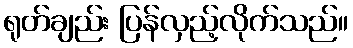
ရုတ်ချည်း ပြန်လှည့်လိုက်သည်။